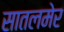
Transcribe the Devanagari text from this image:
सातलमेर